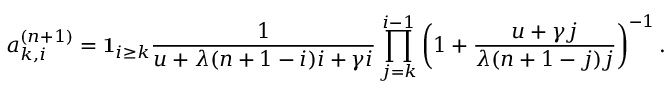
a _ { k , i } ^ { ( n + 1 ) } = \mathbf { 1 } _ { i \geq k } \frac { 1 } { u + \lambda ( n + 1 - i ) i + \gamma i } \prod _ { j = k } ^ { i - 1 } \left( 1 + \frac { u + \gamma j } { \lambda ( n + 1 - j ) j } \right) ^ { - 1 } .